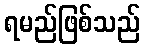
ရမည်ဖြစ်သည်